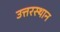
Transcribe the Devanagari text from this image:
उत्तरस्थान